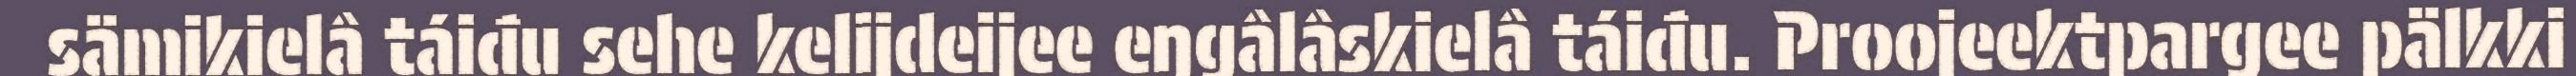
sämikielâ táiđu sehe kelijdeijee eŋgâlâskielâ táiđu. Proojeektpargee pälkki